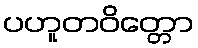
ပဟူတဝိတ္တော